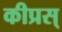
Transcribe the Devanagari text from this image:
कीप्रस्